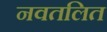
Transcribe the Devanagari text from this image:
नवतलित